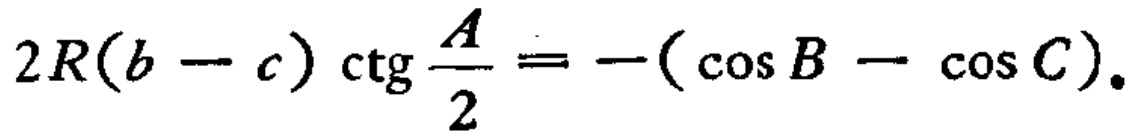
\(2R(b - c)\ctg\frac{A}{2} = -(\cos B - \cos C).\)